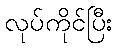
လုပ်ကိုင်ပြီး